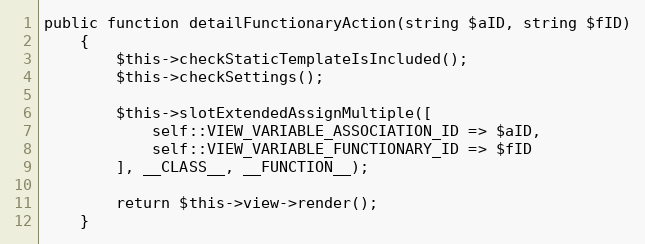
Language: PHP
public function detailFunctionaryAction(string $aID, string $fID)
    {
        $this->checkStaticTemplateIsIncluded();
        $this->checkSettings();

        $this->slotExtendedAssignMultiple([
            self::VIEW_VARIABLE_ASSOCIATION_ID => $aID,
            self::VIEW_VARIABLE_FUNCTIONARY_ID => $fID
        ], __CLASS__, __FUNCTION__);

        return $this->view->render();
    }